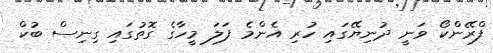
ފްރޭންކޯ ވަނީ ދުނިޔޭގައި ހުރި އެންމެ ފަލަ މީހާގެ ގޮތުގައި ގިނިސް ބުކް